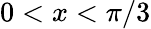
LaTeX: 0<x<\pi/3